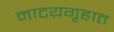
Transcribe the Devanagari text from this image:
नाटय़गृहात